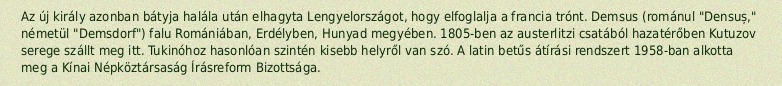
Az új király azonban bátyja halála után elhagyta Lengyelországot, hogy elfoglalja a francia trónt. Demsus (románul "Densuș," németül "Demsdorf") falu Romániában, Erdélyben, Hunyad megyében. 1805-ben az austerlitzi csatából hazatérőben Kutuzov serege szállt meg itt. Tukinóhoz hasonlóan szintén kisebb helyről van szó. A latin betűs átírási rendszert 1958-ban alkotta meg a Kínai Népköztársaság Írásreform Bizottsága.